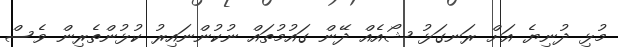
މުޅި ދުނިޔެ އަށް ރަނގަޅު ޝޯއެއް ދޭން ގައުމުތައް ނުކުންނައިރު ކުޅުންތެރިން ވެސް